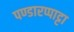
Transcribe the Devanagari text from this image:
पण्डारप्पाट्टा